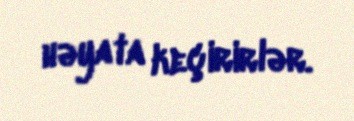
həyata keçirirlər.